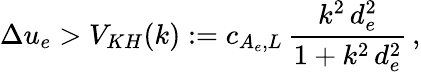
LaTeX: \Delta u_{e}>V_{KH}(k):=c_{A_{e},L}\, \frac{k^{2}\, d_{e}^{2}}{1+k^{2}\, d_{e}^{2}}\, ,